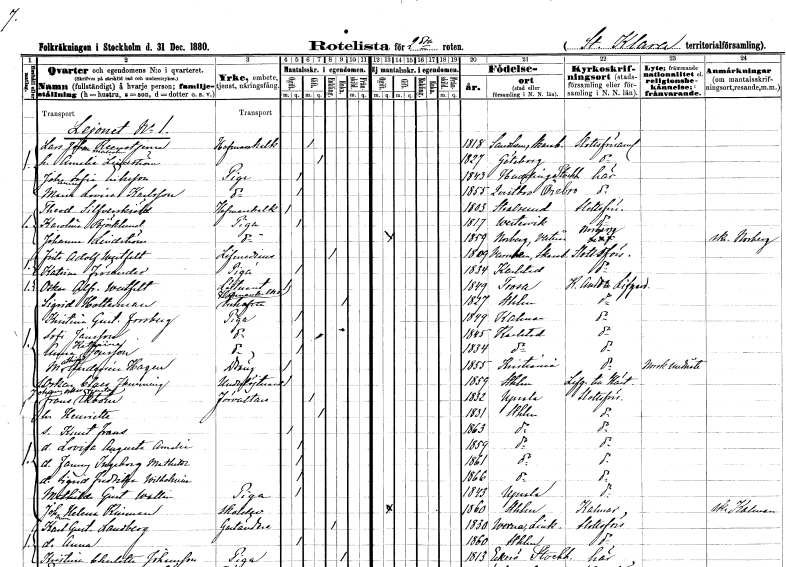
gt_parse: households: individuals: FN: Lars Johan Malcolm
EN: Reenstjerna
YRKE: Hovmarskalk
KON: M
CIV: G
FODAR: 1818
FODFORS: Sandhem Skaraborgs län
FN: Amalia
EN: Lindström
KON: K
CIV: G
FODAR: 1827
FODFORS: Göteborg Göteborgs- och Bohuslän
FN: Johanna Sofia
EN: Eriksson
YRKE: Piga
KON: K
CIV: O
FODAR: 1843
FODFORS: Huddinge Stockholms län
FN: Maria Lovisa
EN: Karlsson
YRKE: Piga
KON: K
CIV: O
FODAR: 1855
FODFORS: Kvistbro Örebro län
FN: Theodor
EN: Silfverskiöld
YRKE: Hovmarskalk
KON: M
CIV: O
FODAR: 1803
FN: Karolina
EN: Björklund
YRKE: Piga
KON: K
CIV: O
FODAR: 1817
FODFORS: Västervik Kalmar län
FN: Johanna
EN: Lindström
YRKE: Piga
KON: K
CIV: O
FODAR: 1859
FODFORS: Norberg Västmanlands län
FN: Frits Adolf
EN: Westfelt
YRKE: Livmedikus
KON: M
CIV: E
FODAR: 1809
FODFORS: Varnhem Skaraborgs län
FN: Katrina
EN: Frösander
YRKE: Piga
KON: K
CIV: O
FODAR: 1834
FODFORS: Karlstad Värmlands län
FN: Oskar Alfred
EN: Westfelt
YRKE: Löjtnant
KON: M
CIV: O
FODAR: 1849
FODFORS: Trosa Södermanlands län
FN: Sigrid
EN: Holterman
YRKE: Hovmarskalksänka
KON: K
CIV: E
FODAR: 1827
FODFORS: Stockholm
FN: Kristina Gustafva
EN: Forsberg
YRKE: Piga
KON: K
CIV: O
FODAR: 1849
FODFORS: Kalmar Kalmar län
FN: Sofi
EN: Jansson
YRKE: Piga
KON: K
CIV: O
FODAR: 1845
FODFORS: Karlstad Värmlands län
FN: Anna Katarina
EN: Jonsson
YRKE: Piga
KON: K
CIV: O
FODAR: 1834
FODFORS: Karlstad Värmlands län
FN: Mathias
EN: Andersén Hagen
YRKE: Dräng
KON: M
CIV: O
FODAR: 1855
FN: Oskar Claes Flemming
YRKE: Underlöjtnant
KON: M
CIV: O
FODAR: 1859
FODFORS: Stockholm
FN: Johan Frans Oskar Gustaf
EN: Ekbom
YRKE: Förvaltare
KON: M
CIV: G
FODAR: 1832
FODFORS: Uppsala Uppsala län
FN: Henriette
KON: K
CIV: G
FODAR: 1831
FODFORS: Stockholm
FN: Knut Frans
KON: M
CIV: O
FODAR: 1863
FODFORS: Stockholm
FN: Lovisa Augusta Amalia
KON: K
CIV: O
FODAR: 1859
FODFORS: Stockholm
FN: Fanny Ingeborg Mathilda
KON: K
CIV: O
FODAR: 1861
FODFORS: Stockholm
FN: Sigrid Fredrika Wilhelmina
KON: K
CIV: O
FODAR: 1866
FODFORS: Stockholm
FN: Mathilda Gustafva
EN: Wallin
YRKE: Piga
KON: K
CIV: O
FODAR: 1843
FODFORS: Uppsala Uppsala län
FN: Johanna Helena
EN: Kinman
YRKE: Skolelev
KON: K
CIV: O
FODAR: 1860
FODFORS: Stockholm